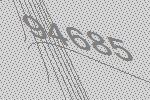
94685